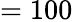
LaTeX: =100